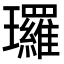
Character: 㼈